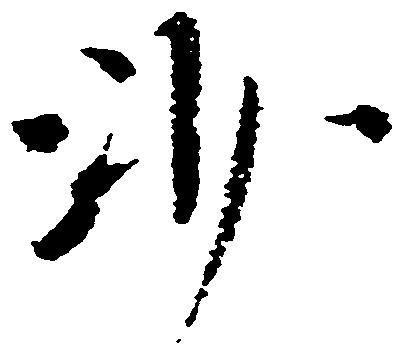
沙